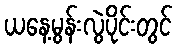
ယနေ့မွန်းလွဲပိုင်းတွင်